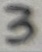
Text: 3